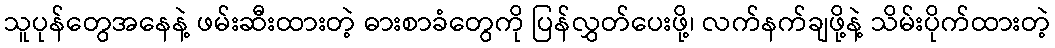
သူပုန်တွေအနေနဲ့ ဖမ်းဆီးထားတဲ့ ဓားစာခံတွေကို ပြန်လွှတ်ပေးဖို့၊ လက်နက်ချဖို့နဲ့ သိမ်းပိုက်ထားတဲ့